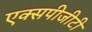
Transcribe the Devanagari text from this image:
एक्सपीजीटी